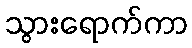
သွားရောက်ကာ